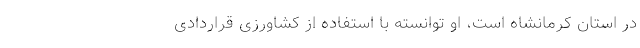
در استان کرمانشاه است، او توانسته با استفاده از کشاورزی قراردادی